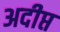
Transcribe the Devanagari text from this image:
अदीप्त